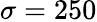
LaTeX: \sigma=250